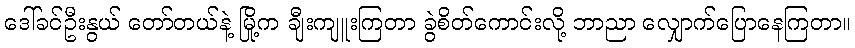
ဒေါ်ခင်ဦးနွယ် တော်တယ်နဲ့ မြို့က ချီးကျူးကြတာ ခွဲစိတ်ကောင်းလို့ ဘာညာ လျှောက်ပြောနေကြတာ။